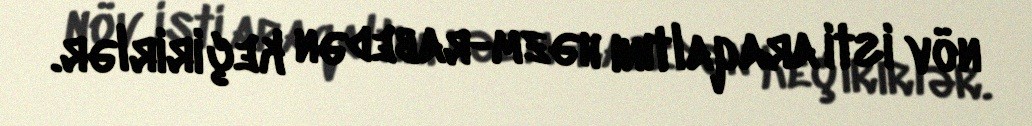
növ isti araqaltını həzm-rabedən keçirirlər.